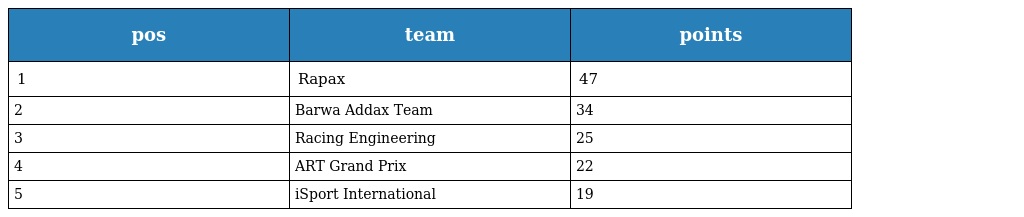
| pos | team | points |
 | --- | --- | --- |
 | 1 | Rapax | 47 |
 | 2 | Barwa Addax Team | 34 |
 | 3 | Racing Engineering | 25 |
 | 4 | ART Grand Prix | 22 |
 | 5 | iSport International | 19 |